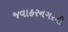
જવાહરનગરની